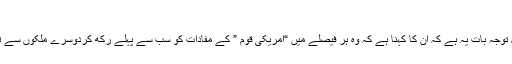
امریکہ فرسٹ
سب سے زیادہ قابل توجہ بات یہ ہے کہ ان کا کہنا ہے کہ وہ ہر فیصلے میں “امریکی قوم ” کے مفادات کو سب سے پہلے رکھ کردوسرے ملکوں سے تعلقات رکھیں گے ۔